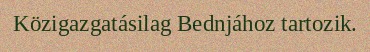
Közigazgatásilag Bednjához tartozik.